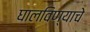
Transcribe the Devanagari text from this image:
घालविण्याचे